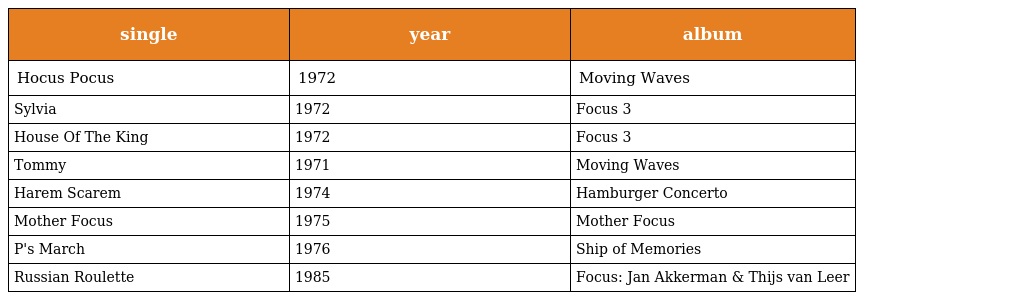
| single | year | album |
 | --- | --- | --- |
 | Hocus Pocus | 1972 | Moving Waves |
 | Sylvia | 1972 | Focus 3 |
 | House Of The King | 1972 | Focus 3 |
 | Tommy | 1971 | Moving Waves |
 | Harem Scarem | 1974 | Hamburger Concerto |
 | Mother Focus | 1975 | Mother Focus |
 | P's March | 1976 | Ship of Memories |
 | Russian Roulette | 1985 | Focus: Jan Akkerman & Thijs van Leer |